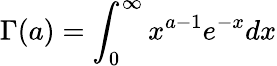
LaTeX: \Gamma(a)=\int_{0}^{\infty}x^{a-1}e^{-x}dx